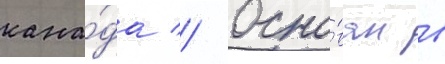
кана́да // Осно́ван в